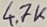
Text: 4.7K